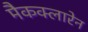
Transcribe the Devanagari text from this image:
मैकक्लारेन